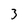
Character: 3